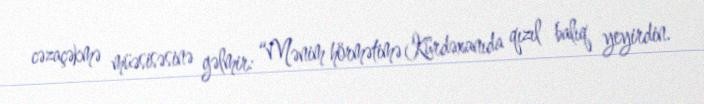
cəzaçəkmə müəsisəsinə gəlmir: “Mənim hörmətimə Kürdəxanıda qızıl balıq yeyirdin.